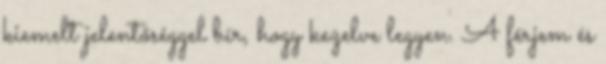
kiemelt jelentőséggel bír, hogy kezelve legyen. A férjem és